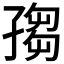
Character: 𡦅